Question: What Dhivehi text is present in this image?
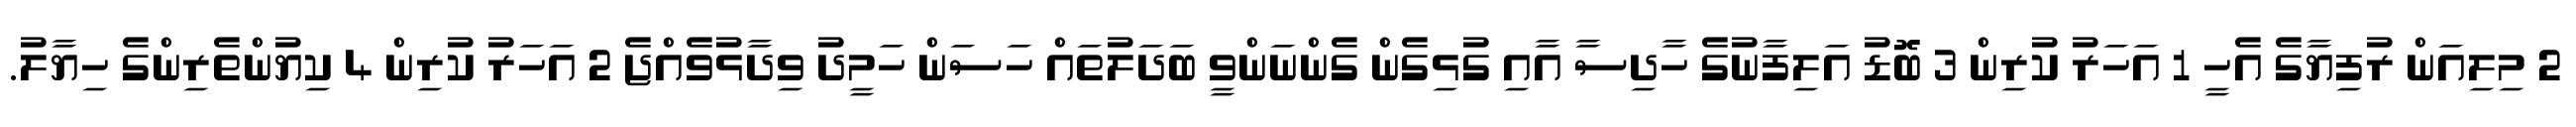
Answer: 2 މިލިއަން ރުފިޔާގެ އެހީ 1 އަހަރު ކުރިން 3 ބޮޑު އަލިފާނުގެ ހާދިސާ އާއި ގުޅިގެން ގެންނަންވީ ބަދަލުތައް ހަސަން ހަމީދު ވިދާޅުވެއްޖެ 2 އަހަރު ކުރިން 4 ކިޔުންތެރިންގެ ހިޔާލު.